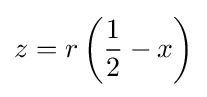
z=r\left({\frac {1}{2}}-x\right)